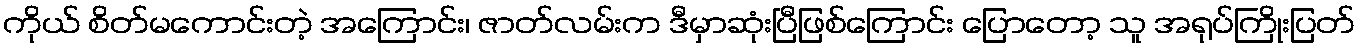
ကိုယ် စိတ်မကောင်းတဲ့ အကြောင်း၊ ဇာတ်လမ်းက ဒီမှာဆုံးပြီဖြစ်ကြောင်း ပြောတော့ သူ အရုပ်ကြိုးပြတ်